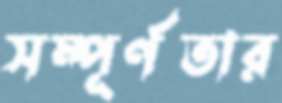
সম্পূর্ণতার